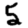
Digit: 5